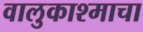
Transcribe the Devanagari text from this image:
वालुकाश्माचा